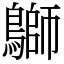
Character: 鶳